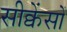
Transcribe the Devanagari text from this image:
सीक्वेंसों